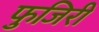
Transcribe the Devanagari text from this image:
फुजिरी